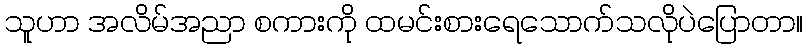
သူဟာ အလိမ်အညာ စကားကို ထမင်းစားရေသောက်သလိုပဲပြောတာ။